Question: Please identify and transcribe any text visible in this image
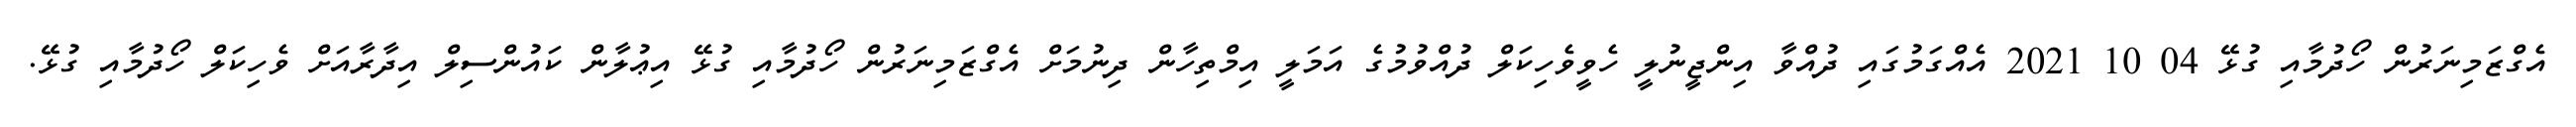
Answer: އެގްޒަމިނަރުން ހޯދުމާއި ގުޅޭ 04 10 2021 އެއްގަމުގައި ދުއްވާ އިންޖީނުލީ ހެވީވެހިކަލް ދުއްވުމުގެ އަމަލީ އިމްތިހާން ދިނުމަށް އެގްޒަމިނަރުން ހޯދުމާއި ގުޅޭ އިޢުލާން ކައުންސިލް އިދާރާއަށް ވެހިކަލް ހޯދުމާއި ގުޅޭ.